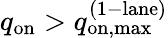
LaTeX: q_{\mathrm{on}}>q_{\mathrm{on,max}}^{\mathrm{(1-lane)}}